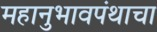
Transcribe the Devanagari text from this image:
महानुभावपंथाचा